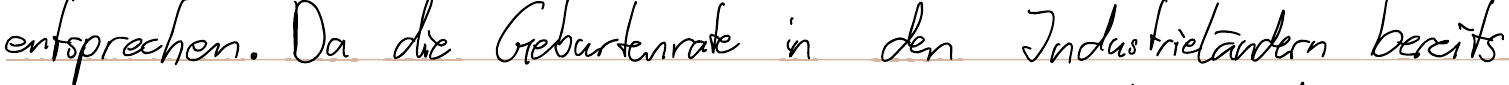
entsprechen. Da die Geburtenrate in den Industrieländern bereits